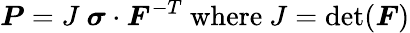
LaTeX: {\boldsymbol{P}}=J~{\boldsymbol{\sigma}}\cdot{\boldsymbol{F}}^{-T}~{\mathrm{where}}~J=\operatorname*{det}({\boldsymbol{F}})